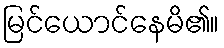
မြင်ယောင်နေမိ၏။